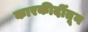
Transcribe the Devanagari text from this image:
कारकीर्दीतून